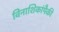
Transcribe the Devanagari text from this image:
विनाशिकांपैकी